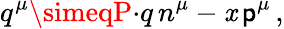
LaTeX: q^{\mu}\simeqP{\cdot}q\, n^{\mu}-\mathit{x}\, \mathsf{p}^{\mu}\, ,